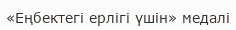
«Еңбектегі ерлігі үшін» медалі